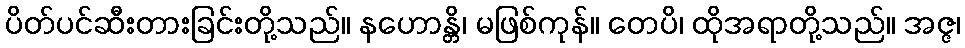
ပိတ်ပင်ဆီးတားခြင်းတို့သည်။ နဟောန္တိ၊ မဖြစ်ကုန်။ တေပိ၊ ထိုအရာတို့သည်။ အဇ္ဇ၊